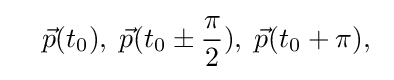
\quad {\vec {p}}(t_{0}),\;{\vec {p}}(t_{0}\pm {\frac {\pi }{2}}),\;{\vec {p}}(t_{0}+\pi ),\